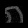
Digit: ၈